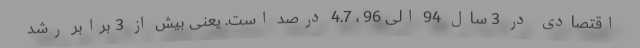
اقتصادی در 3 سال 94 الی 96 ، 4.7 درصد است. یعنی بیش از 3 برابر رشد